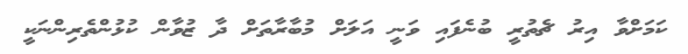
ކަމަށްވާ އިރު ޗެތުރީ ބުނެފައި ވަނީ އަލަށް މުބާރާތަށް ދާ ޒުވާން ކުޅުންތެރިންނަކީ